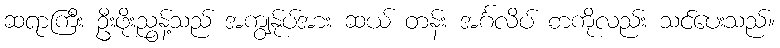
ဆရာကြီး ဦးဖိုးညွန့်သည် အကျွန်ုပ်အား ဆယ် တန်း အင်္ဂလိပ် စာကိုလည်း သင်ပေးသည်။